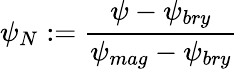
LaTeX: \psi_{N}:=\frac{\psi-\psi_{bry}}{\psi_{mag}-\psi_{bry}}